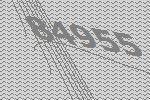
84955